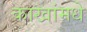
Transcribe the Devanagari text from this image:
काखांमधे